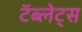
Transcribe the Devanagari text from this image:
टॅब्लेट्‍स